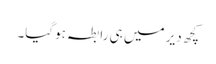
کچھ دیر میں ہی رابطہ ہوگیا۔